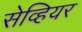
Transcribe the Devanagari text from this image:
सेव्हियर